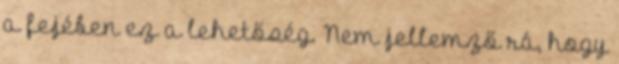
a fejében ez a lehetőség. Nem jellemző rá, hogy